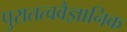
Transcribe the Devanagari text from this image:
पुरातत्ववैज्ञानिक